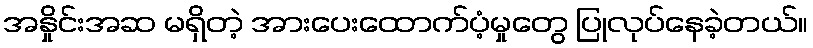
အနှိုင်းအဆ မရှိတဲ့ အားပေးထောက်ပံ့မှုတွေ ပြုလုပ်နေခဲ့တယ်။